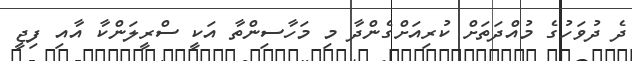
ދެ ދުވަހުގެ މުއްދަތަށް ކުރިއަށްގެންދާ މި މަހާސިންތާ އަކީ ސްރީލަންކާ އާއި ފިޖީ